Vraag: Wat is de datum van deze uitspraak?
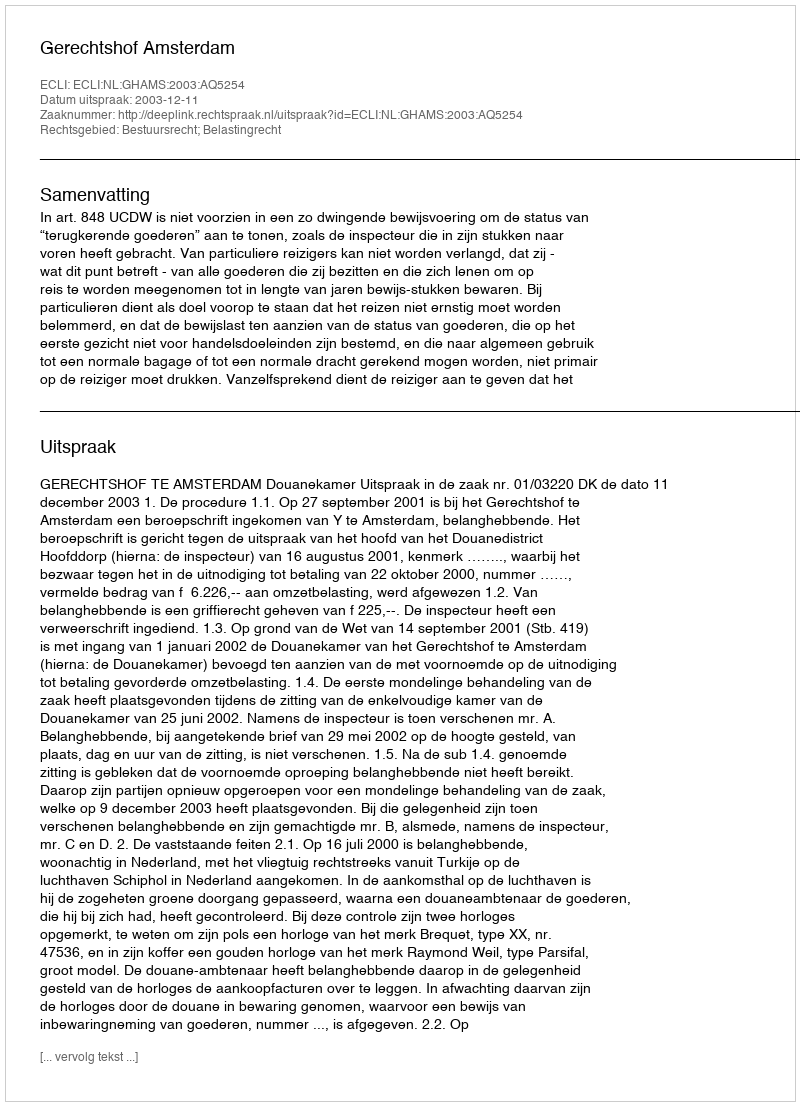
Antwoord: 2003-12-11